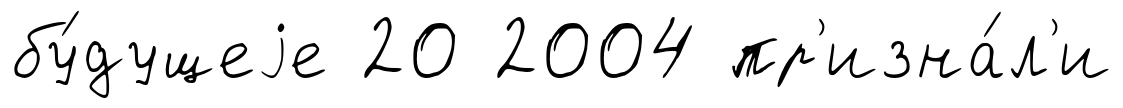
бу́дущеjе 20 2004 пр'изна́л'и